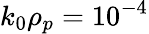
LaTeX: k_{0}\rho_{p}=10^{-4}